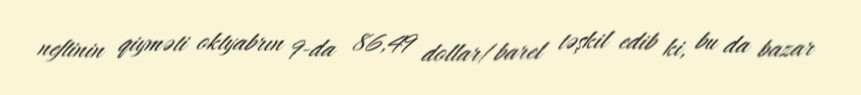
neftinin qiyməti oktyabrın 9-da 86,49 dollar/barel təşkil edib ki, bu da bazar